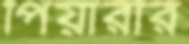
পিয়ারীর